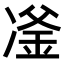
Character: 𪞪